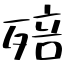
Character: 殕